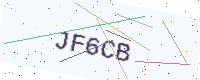
Text: JF6CB